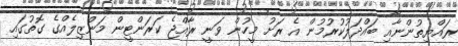
ރައްޔިތުންނާއި ބައްދަލުކުރުމުން އެ ރަށު މީހުން ވަނީ ރާއްޖެ ކަރަންޓީން މަންޒިލެއްގެ ގޮތުގައި